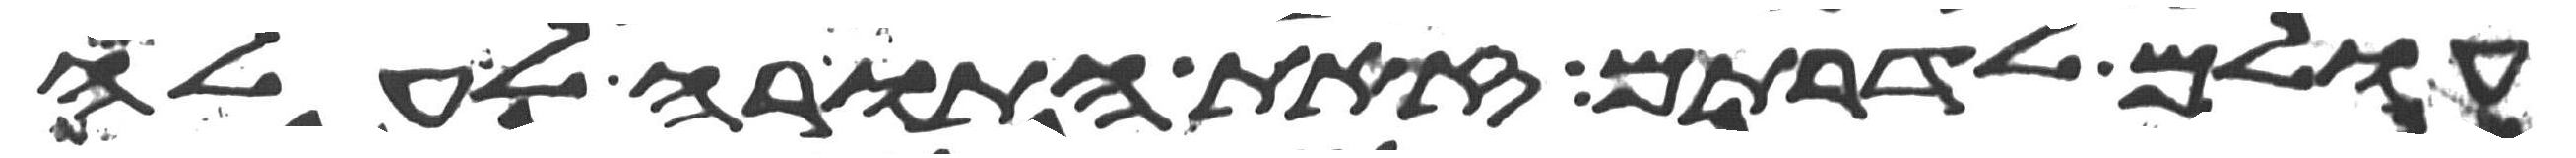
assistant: עולם לדרותם זאת התורה לעלה